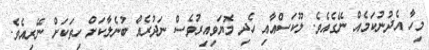
މިހާ އެދުނުކަމެއް ނޭގެއެވެ. ލޫކަސްއާއި ހެދި މޮޔަވިއިރުވެސް ނަދުރެއް ބުނެލާކަށް ހިތަކަށް ނޭރިއެވެ.